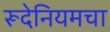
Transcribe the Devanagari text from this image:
रूदेनियमचा